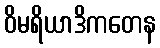
ဝိမရိယာဒိကတေန